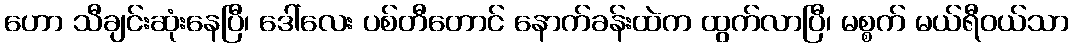
ဟော သီချင်းဆုံးနေပြီ၊ ဒေါ်လေး ပစ်တီတောင် နောက်ခန်းထဲက ထွက်လာပြီ၊ မစ္စက် မယ်ရီဝယ်သာ